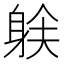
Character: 𲄟